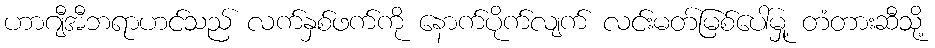
ဟာဂျီအီဘရာဟင်သည် လက်နှစ်ဖက်ကို နောက်ပိုက်လျက် လင်းမတ်မြစ်ပေါ်မှု့ တံတားဆီသို့